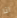
انا